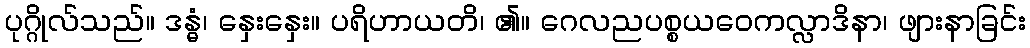
ပုဂ္ဂိုလ်သည်။ ဒန္ဓံ၊ နှေးနှေး။ ပရိဟာယတိ၊ ၏။ ဂေလညပစ္စယဝေကလ္လာဒိနာ၊ ဖျားနာခြင်း